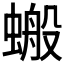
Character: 𧏘